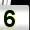
Digit: 5